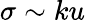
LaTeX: \sigma\sim ku